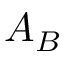
A _ { B }